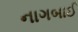
નાગબાઈ